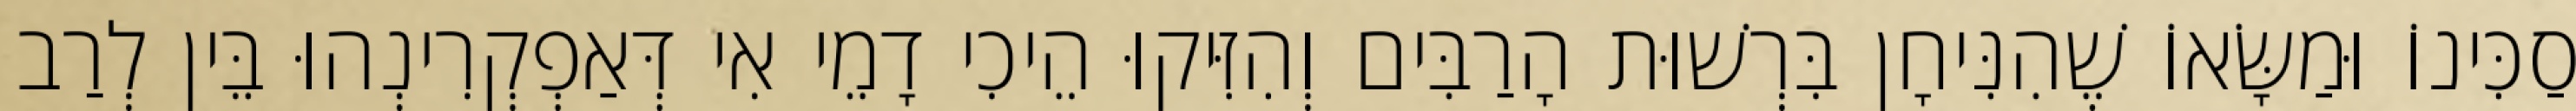
סַכִּינוֹ וּמַשָּׂאוֹ שֶׁהִנִּיחָן בִּרְשׁוּת הָרַבִּים וְהִזִּיקוּ הֵיכִי דָמֵי אִי דְּאַפְקְרִינְהוּ בֵּין לְרַב